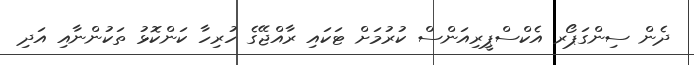
ދެން ސިންގަޕޯރ އެކްސްޕީރިއަންސް ކުރުމަށް ޓަކައި ރާއްޖޭގެ ހުރިހާ ކަންކޮޅު ތަކުންނާއި އަދި